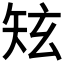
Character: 𥎸